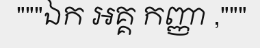
"""ឯក អគ្គ កញ្ញា ,"""